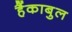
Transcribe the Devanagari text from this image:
हैंकाबुल